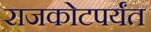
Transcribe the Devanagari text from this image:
राजकोटपर्यंत